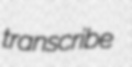
transcribe